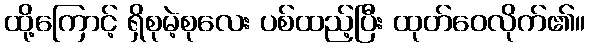
ထို့ကြောင့် ရှိစုမဲ့စုလေး ပစ်ထည့်ပြီး ထုတ်ဝေလိုက်၏။